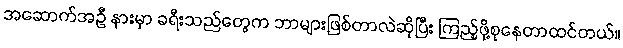
အဆောက်အဦ နားမှာ ခရီးသည်တွေက ဘာများဖြစ်တာလဲဆိုပြီး ကြည့်ဖို့စုနေတာထင်တယ်။